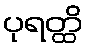
ပုရတ္ထိ